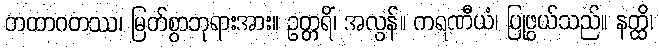
တထာဂတဿ၊ မြတ်စွာဘုရားအား။ ဥတ္တရိံ၊ အလွန်။ ကရဏီယံ၊ ပြုဖွယ်သည်။ နတ္ထိ၊